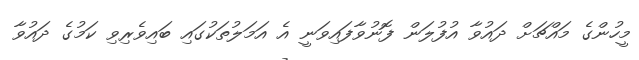
މީހުންގެ މައްޗަށް ދައުވާ އުފުލަން ފޮނުވާފައިވަނީ އެ އަމަލުތަކުގައި ބައިވެރިވި ކަމުގެ ދައުވާ